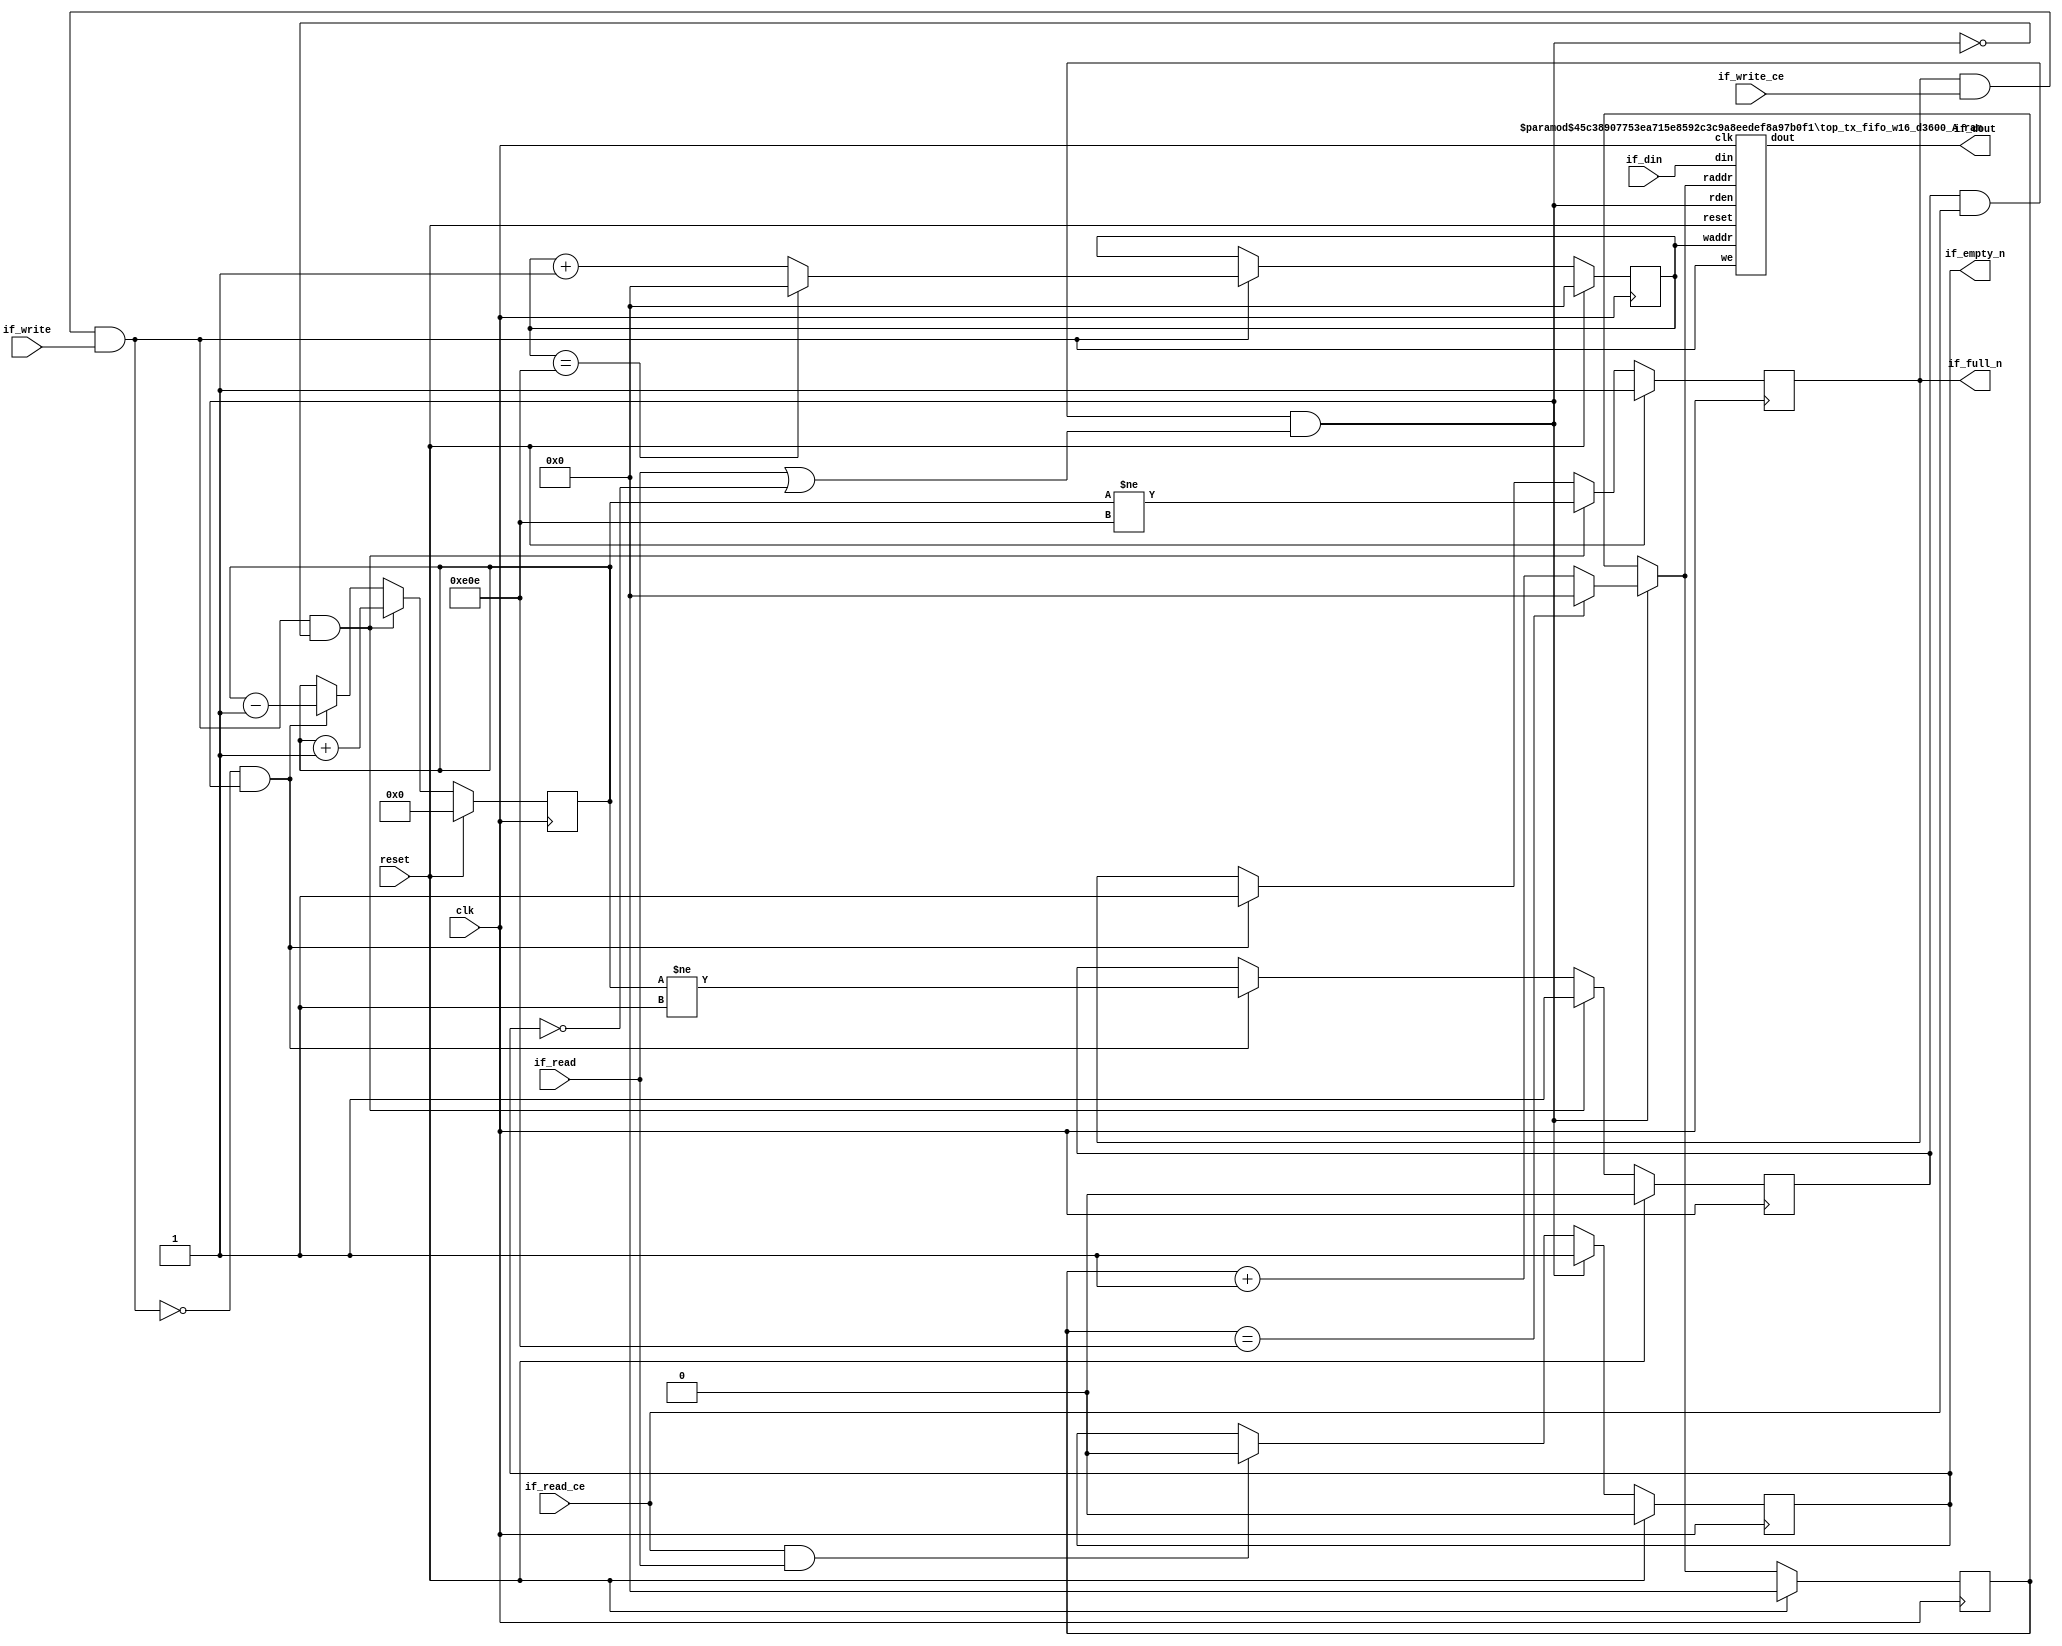
// ==============================================================
// Vitis HLS - High-Level Synthesis from C, C++ and OpenCL v2022.2 (64-bit)
// Version: 2022.2
// Copyright 1986-2022 Xilinx, Inc. All Rights Reserved.
// ==============================================================
// 67d7842dbbe25473c3c32b93c0da8047785f30d78e8a024de1b57352245f9689

`timescale 1ns/1ps

module top_tx_fifo_w16_d3600_A
#(parameter
    MEM_STYLE   = "auto",
    DATA_WIDTH  = 16,
    ADDR_WIDTH  = 12,
    DEPTH       = 3599)
(
    // system signal
    input  wire                  clk,
    input  wire                  reset,

    // write
    output wire                  if_full_n,
    input  wire                  if_write_ce,
    input  wire                  if_write,
    input  wire [DATA_WIDTH-1:0] if_din,
    
    // read 
    output wire                  if_empty_n,
    input  wire                  if_read_ce,
    input  wire                  if_read,
    output wire [DATA_WIDTH-1:0] if_dout
);
//------------------------Parameter----------------------

//------------------------Local signal-------------------
    reg  [ADDR_WIDTH-1:0] waddr = 1'b0;
    reg  [ADDR_WIDTH-1:0] raddr = 1'b0;
    wire [ADDR_WIDTH-1:0] wnext;
    wire [ADDR_WIDTH-1:0] rnext;
    wire                  push;
    wire                  pop;
    reg  [ADDR_WIDTH:0]   mOutPtr = 1'b0;
    reg                   empty_n = 1'b0;
    reg                   full_n = 1'b1;
    // has almost full?  no 
    // has output register? 
    reg                   dout_vld = 1'b0;//yes 

//------------------------Instantiation------------------
    top_tx_fifo_w16_d3600_A_ram 
    #(  .MEM_STYLE  (MEM_STYLE),
        .DATA_WIDTH (DATA_WIDTH),
        .ADDR_WIDTH (ADDR_WIDTH),
        .DEPTH      (DEPTH)
    ) U_top_tx_fifo_w16_d3600_A_ram (
        .clk        (clk),
        .reset      (reset),
        .we         (push),
        .waddr      (waddr),
        .din        (if_din),
        .raddr      (rnext), 
        .rden       (pop),   
        .dout       (if_dout)
    );

//------------------------Task and function--------------

//------------------------Body---------------------------
    // has num_data_valid ?  no 

    // has almost full ? 
    assign if_full_n  = full_n; //no 

    // has output register? 
    assign if_empty_n = dout_vld;  // yes
    assign pop        = empty_n & if_read_ce & (if_read | ~dout_vld); // yes 
    assign push       = full_n & if_write_ce & if_write;
    assign wnext      = !push                ? waddr :
                        (waddr == DEPTH - 1) ? 1'b0  :
                        waddr + 1'b1;
    assign rnext      = !pop                 ? raddr :
                        (raddr == DEPTH - 1) ? 1'b0  :
                        raddr + 1'b1;

    // waddr
    always @(posedge clk ) begin
        if (reset == 1'b1)
            waddr <= 1'b0;
        else
            waddr <= wnext;
    end

    // raddr
    always @(posedge clk ) begin
        if (reset == 1'b1)
            raddr <= 1'b0;
        else
            raddr <= rnext;
    end

    // mOutPtr
    always @(posedge clk ) begin
        if (reset == 1'b1)
            mOutPtr <= 1'b0;
        else if (push & ~pop)
            mOutPtr <= mOutPtr + 1'b1;
        else if (~push & pop)
            mOutPtr <= mOutPtr - 1'b1;
    end

    // full_n
    always @(posedge clk ) begin
        if (reset == 1'b1)
            full_n <= 1'b1;
        else if (push & ~pop)
            full_n <= (mOutPtr != DEPTH - 1);
        else if (~push & pop)
            full_n <= 1'b1;
    end

    // almost_full_n 

    // empty_n
    always @(posedge clk ) begin
        if (reset == 1'b1)
            empty_n <= 1'b0;
        else if (push & ~pop)
            empty_n <= 1'b1;
        else if (~push & pop)
            empty_n <= (mOutPtr != 1'b1);
    end

    // if_num_data_valid 

    // dout_vld 
    always @(posedge clk ) begin
        if (reset == 1'b1)
            dout_vld <= 1'b0;
        else if (pop)
            dout_vld <= 1'b1;
        else if (if_read_ce & if_read)
            dout_vld <= 1'b0;
    end // 

endmodule


module top_tx_fifo_w16_d3600_A_ram
#(parameter
    MEM_STYLE   = "auto",
    DATA_WIDTH  = 16,
    ADDR_WIDTH  = 12,
    DEPTH       = 3599)
(
    input  wire                  clk,
    input  wire                  reset,
    input  wire                  we,
    input  wire [ADDR_WIDTH-1:0] waddr,
    input  wire [DATA_WIDTH-1:0] din,
    input  wire [ADDR_WIDTH-1:0] raddr,
    //output register? 
    input  wire                  rden,
    output reg  [DATA_WIDTH-1:0] dout //yes
);

    (* ram_style = MEM_STYLE, rw_addr_collision = "yes" *)
    reg  [DATA_WIDTH-1:0] mem[0:DEPTH-1];
    reg  [ADDR_WIDTH-1:0] raddr_reg;

    //write to ram
    always @(posedge clk) begin
        if (we)
            mem[waddr] <= din;
    end

    //buffer the raddr
    always @(posedge clk) begin
        raddr_reg <= raddr;
    end

    //read from ram, output register? 
    always @(posedge clk ) begin
        if (reset)
            dout <= 0;
        else if (rden)
            dout <= mem[raddr_reg];
    end// yes 

endmodule